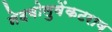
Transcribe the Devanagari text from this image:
नेदवोलुवेंकटराव